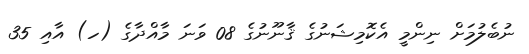
ނުބެލުމަށް ނިންމީ އެކޮމިޝަނުގެ ޤާނޫނުގެ 08 ވަނަ މާއްދާގެ (ހ) އާއި 35